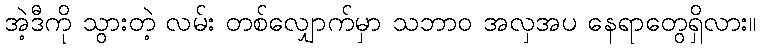
အဲ့ဒီကို သွားတဲ့ လမ်း တစ်လျှောက်မှာ သဘာဝ အလှအပ နေရာတွေရှိလား။